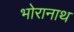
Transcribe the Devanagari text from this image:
भोरानाथ